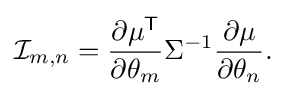
{\mathcal {I}}_{m,n}={\frac {\partial \mu ^{\textsf {T}}}{\partial \theta _{m}}}\Sigma ^{-1}{\frac {\partial \mu }{\partial \theta _{n}}}.\